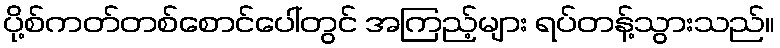
ပို့စ်ကတ်တစ်စောင်ပေါ်တွင် အကြည့်များ ရပ်တန့်သွားသည်။